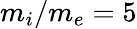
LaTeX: m_{i}/m_{e}=5